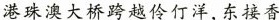
港珠澳大桥跨越伶仃洋，东接香